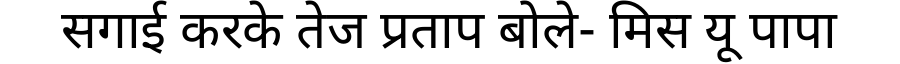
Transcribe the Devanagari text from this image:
सगाई करके तेज प्रताप बोले- मिस यू पापा